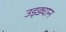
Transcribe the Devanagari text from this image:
उड़ड्यान